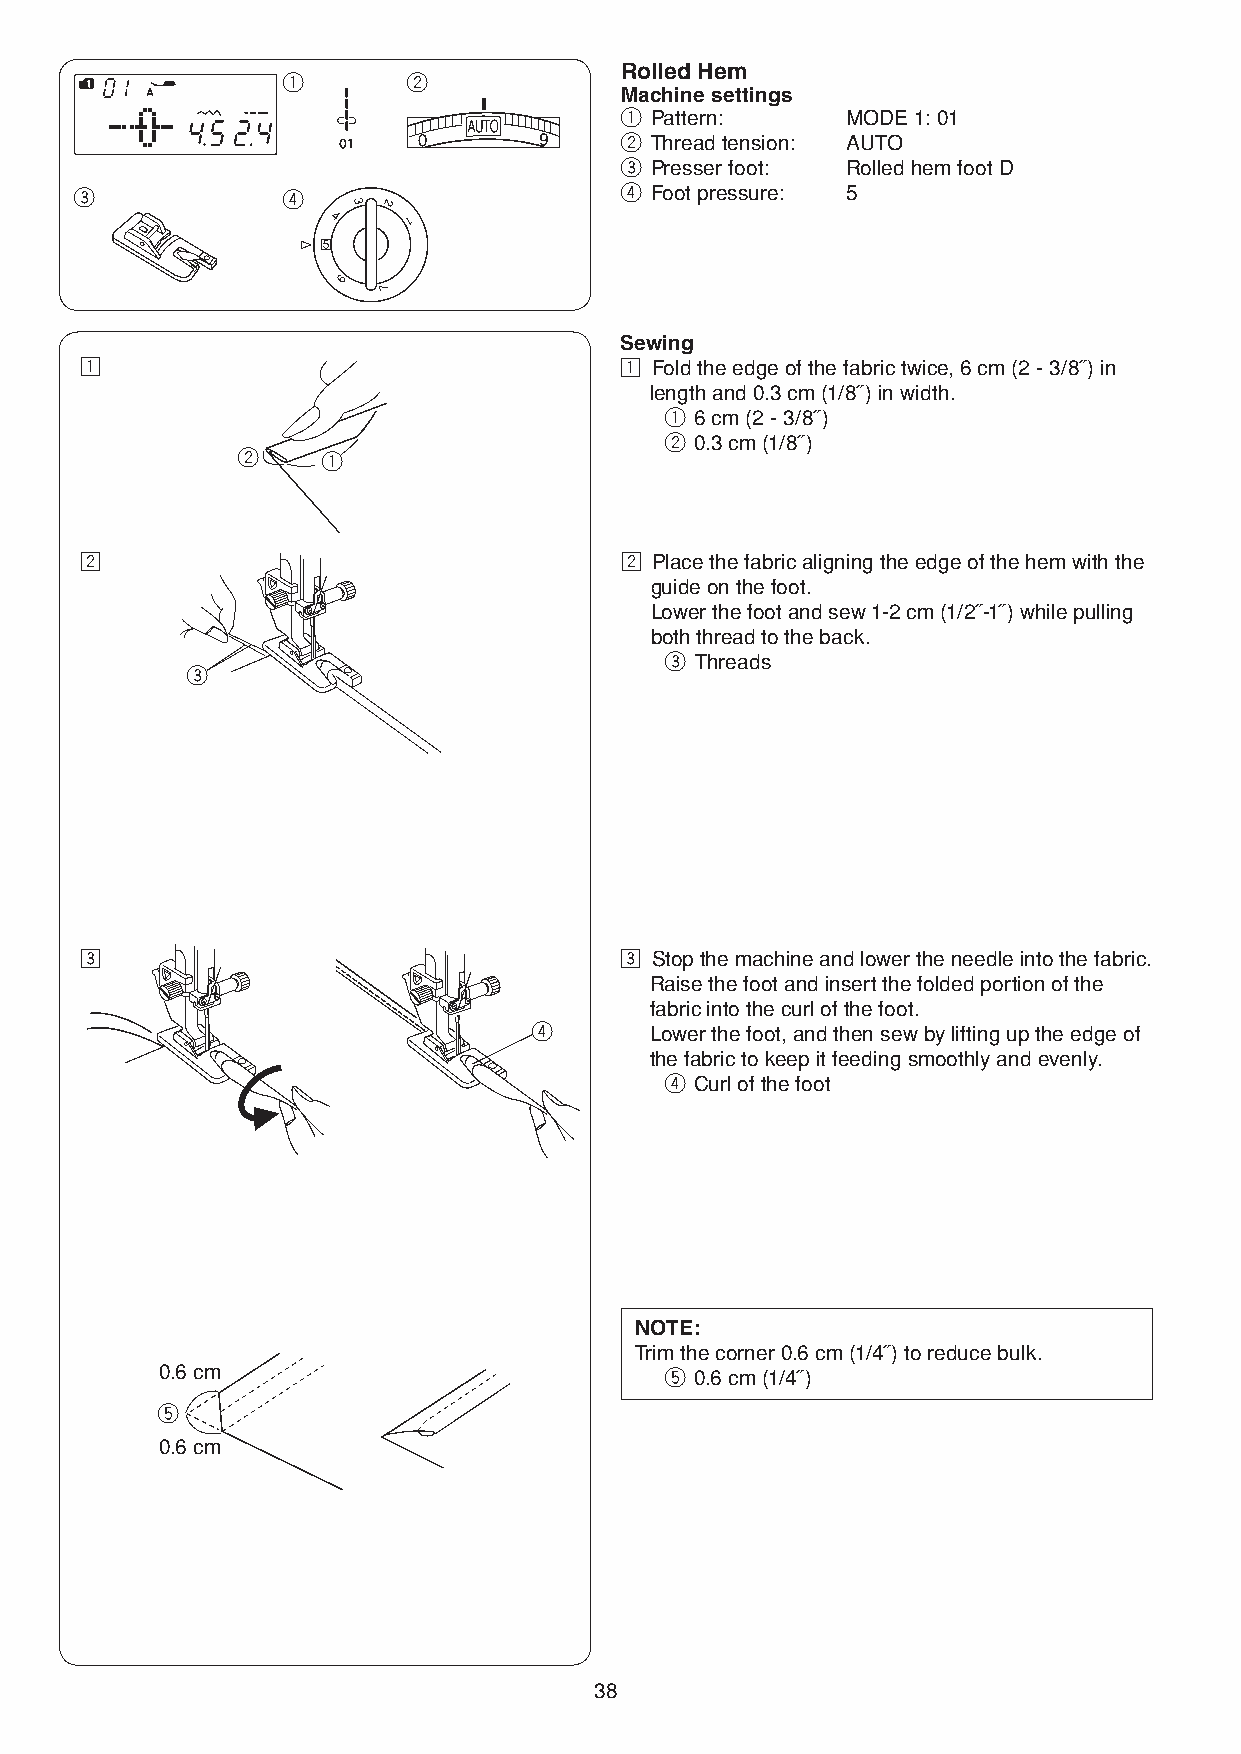
Rolled Hem
 q       w
 Machine settings
 q Pattern:     MODE 1: 01
 w Thread tension: AUTO
 e Presser foot: Rolled hem foot D
 e             r                     r Foot pressure: 5
 Sewing
 z                                   z Fold the edge of the fabric twice, 6 cm (2 - 3/8˝) in
 length and 0.3 cm (1/8˝) in width.
 q 6 cm (2 - 3/8˝)
 w 0.3 cm (1/8˝)
 w    q
 x                                   x Place the fabric aligning the edge of the hem with the
 guide on the foot.
 Lower the foot and sew 1-2 cm (1/2˝-1˝) while pulling
 both thread to the back.
 e Threads
 e
 c                                   c Stop the machine and lower the needle into the fabric.
 Raise the foot and insert the folded portion of the
 fabric into the curl of the foot.
 r       Lower the foot, and then sew by lifting up the edge of
 the fabric to keep it feeding smoothly and evenly.
 r Curl of the foot
 NOTE:
 Trim the corner 0.6 cm (1/4˝) to reduce bulk.
 0.6 cm                           t 0.6 cm (1/4˝)
 t
 0.6 cm
 38